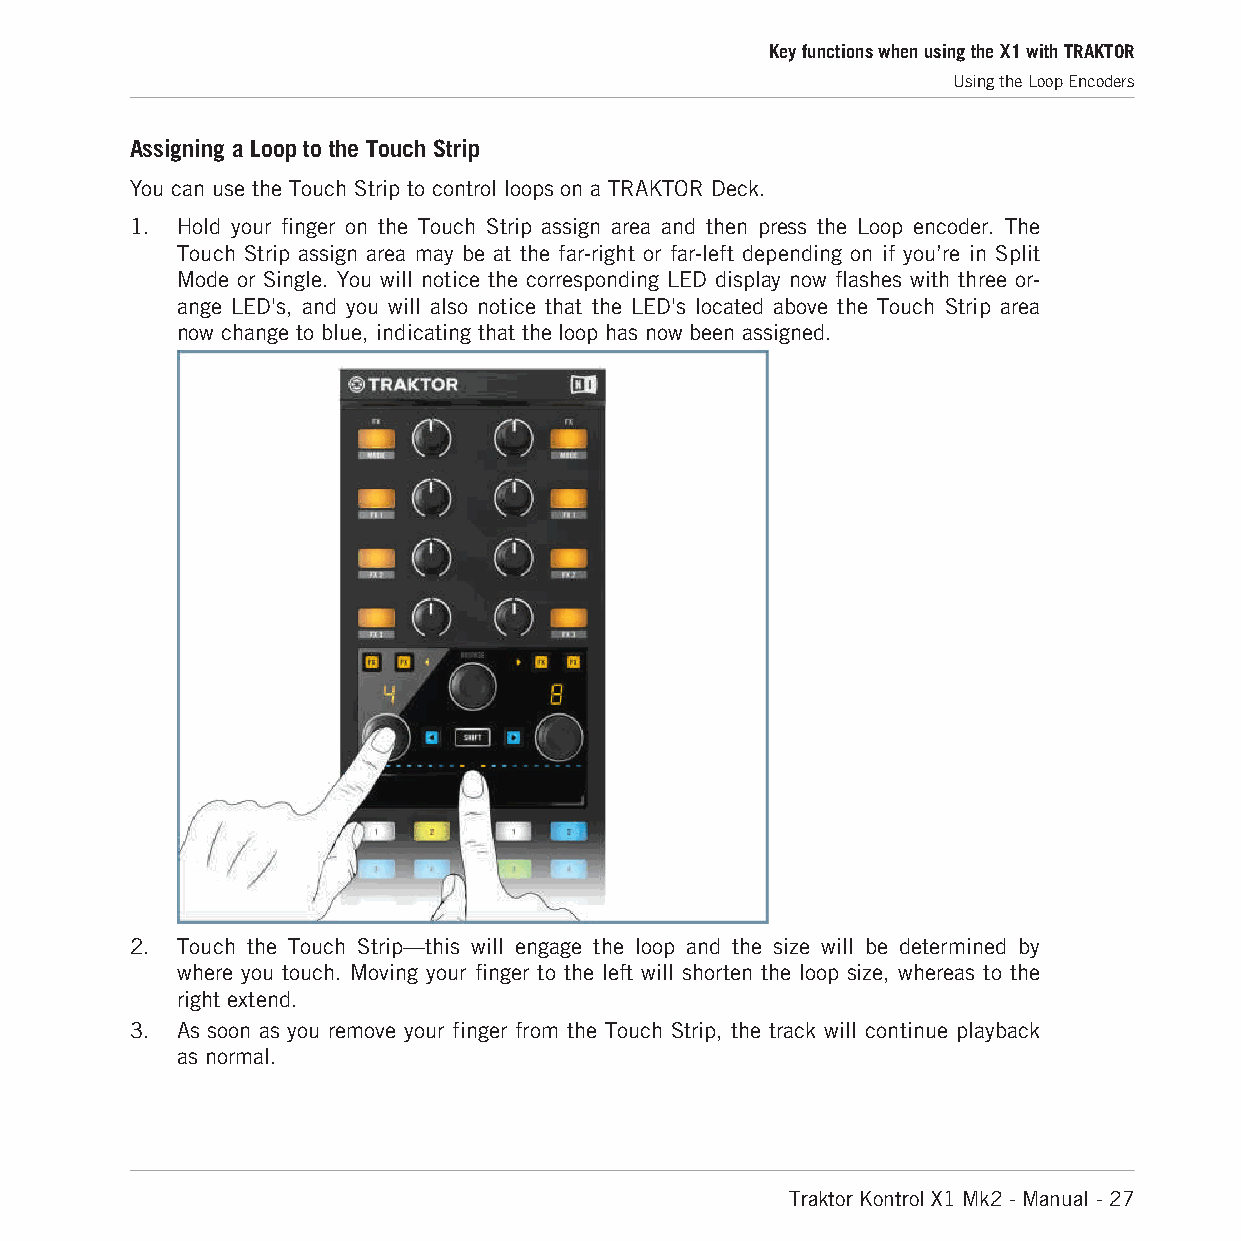
Key functions when using the X1 with TRAKTOR
 Using the Loop Encoders
 Assigning a Loop to the Touch Strip
 You can use the Touch Strip to control loops on a TRAKTOR Deck.
 1. Hold your finger on the Touch Strip assign area and then press the Loop encoder. The
 Touch Strip assign area may be at the far-right or far-left depending on if you’re in Split
 Mode or Single. You will notice the corresponding LED display now flashes with three or-
 ange LED's, and you will also notice that the LED's located above the Touch Strip area
 now change to blue, indicating that the loop has now been assigned.
 2. Touch the Touch Strip—this will engage the loop and the size will be determined by
 where you touch. Moving your finger to the left will shorten the loop size, whereas to the
 right extend.
 3. As soon as you remove your finger from the Touch Strip, the track will continue playback
 as normal.
 Traktor Kontrol X1 Mk2 - Manual - 27